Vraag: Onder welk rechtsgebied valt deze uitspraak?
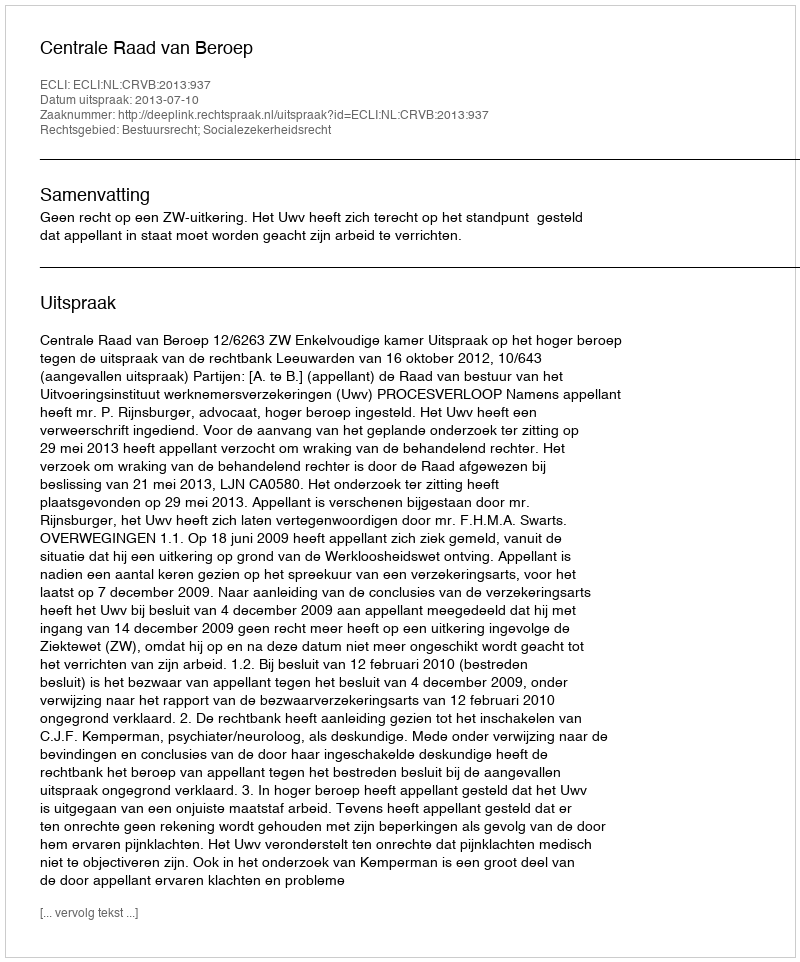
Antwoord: Bestuursrecht; Socialezekerheidsrecht